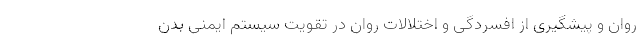
روان و پیشگیری از افسردگی و اختلالات روان در تقویت سیستم ایمنی بدن